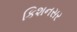
કિશનસર